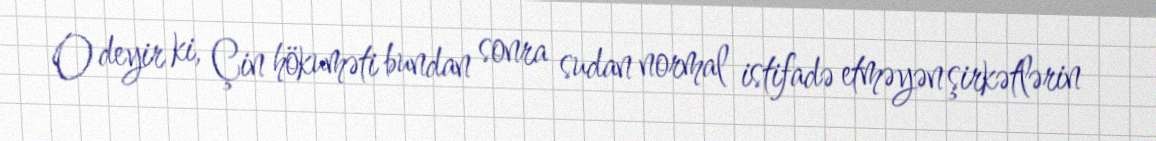
O deyir ki, Çin hökuməti bundan sonra sudan normal istifadə etməyən şirkətlərin